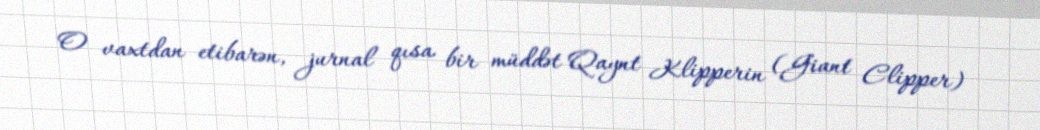
O vaxtdan etibarən, jurnal qısa bir müddət Qaynt Klipperin (Giant Clipper)